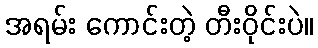
အရမ်း ကောင်းတဲ့ တီးဝိုင်းပဲ။